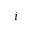
i